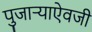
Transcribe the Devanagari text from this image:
पुजाऱ्याऐवजी